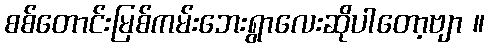
စစ်တောင်းမြစ်ကမ်းဘေးရွာလေးဆိုပါတော့ဗျာ ။